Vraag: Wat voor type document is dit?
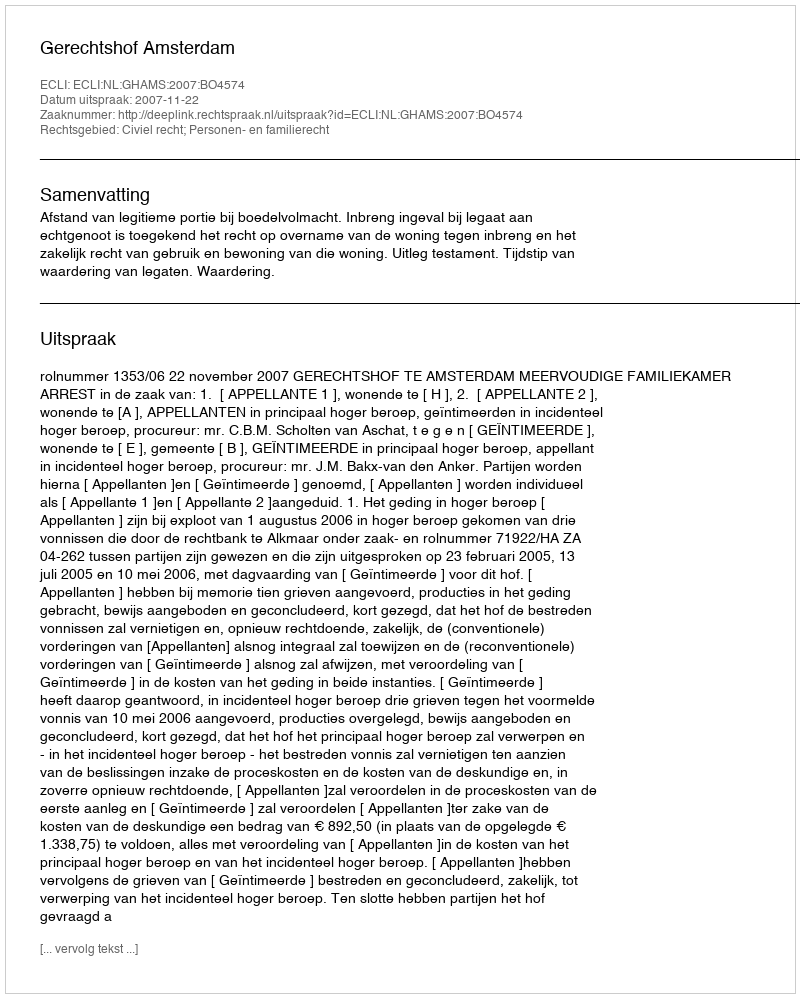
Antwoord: Uitspraak